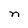
Character: n